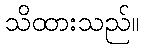
သိထားသည်။